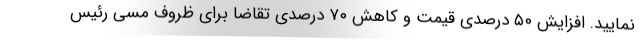
نمایید. افزایش ۵۰ درصدی قیمت و کاهش ۷۰ درصدی تقاضا برای ظروف مسی رئیس